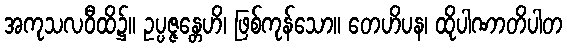
အကုသလဝီထိ၌။ ဥပ္ပဇ္ဇန္တေဟိ၊ ဖြစ်ကုန်သော။ တေဟိပန၊ ထိုပါဏာတိပါတ